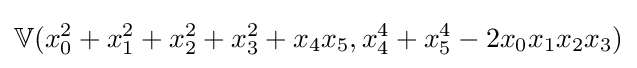
\mathbb {V} (x_{0}^{2}+x_{1}^{2}+x_{2}^{2}+x_{3}^{2}+x_{4}x_{5},x_{4}^{4}+x_{5}^{4}-2x_{0}x_{1}x_{2}x_{3})